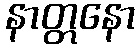
နာတ္တနော